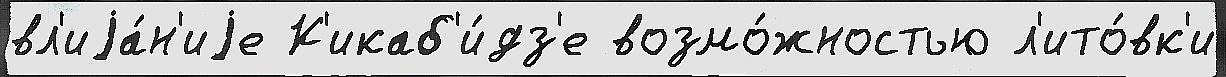
вл'иjа́н'иjе К'икаб'и́дз'е возмо́жностью л'ито́вк'и